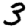
Digit: 3